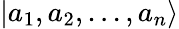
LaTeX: \vert a_{1},a_{2},...,a_{n}\rangle